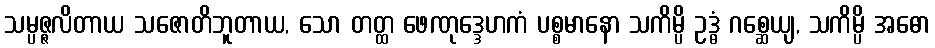
သမ္ပဇ္ဇလိတာယ သဇောတိဘူတာယ, သော တတ္ထ ဖေဏုဒ္ဒေဟကံ ပစ္စမာနော သကိမ္ပိ ဥဒ္ဓံ ဂစ္ဆေယျ, သကိမ္ပိ အဓော